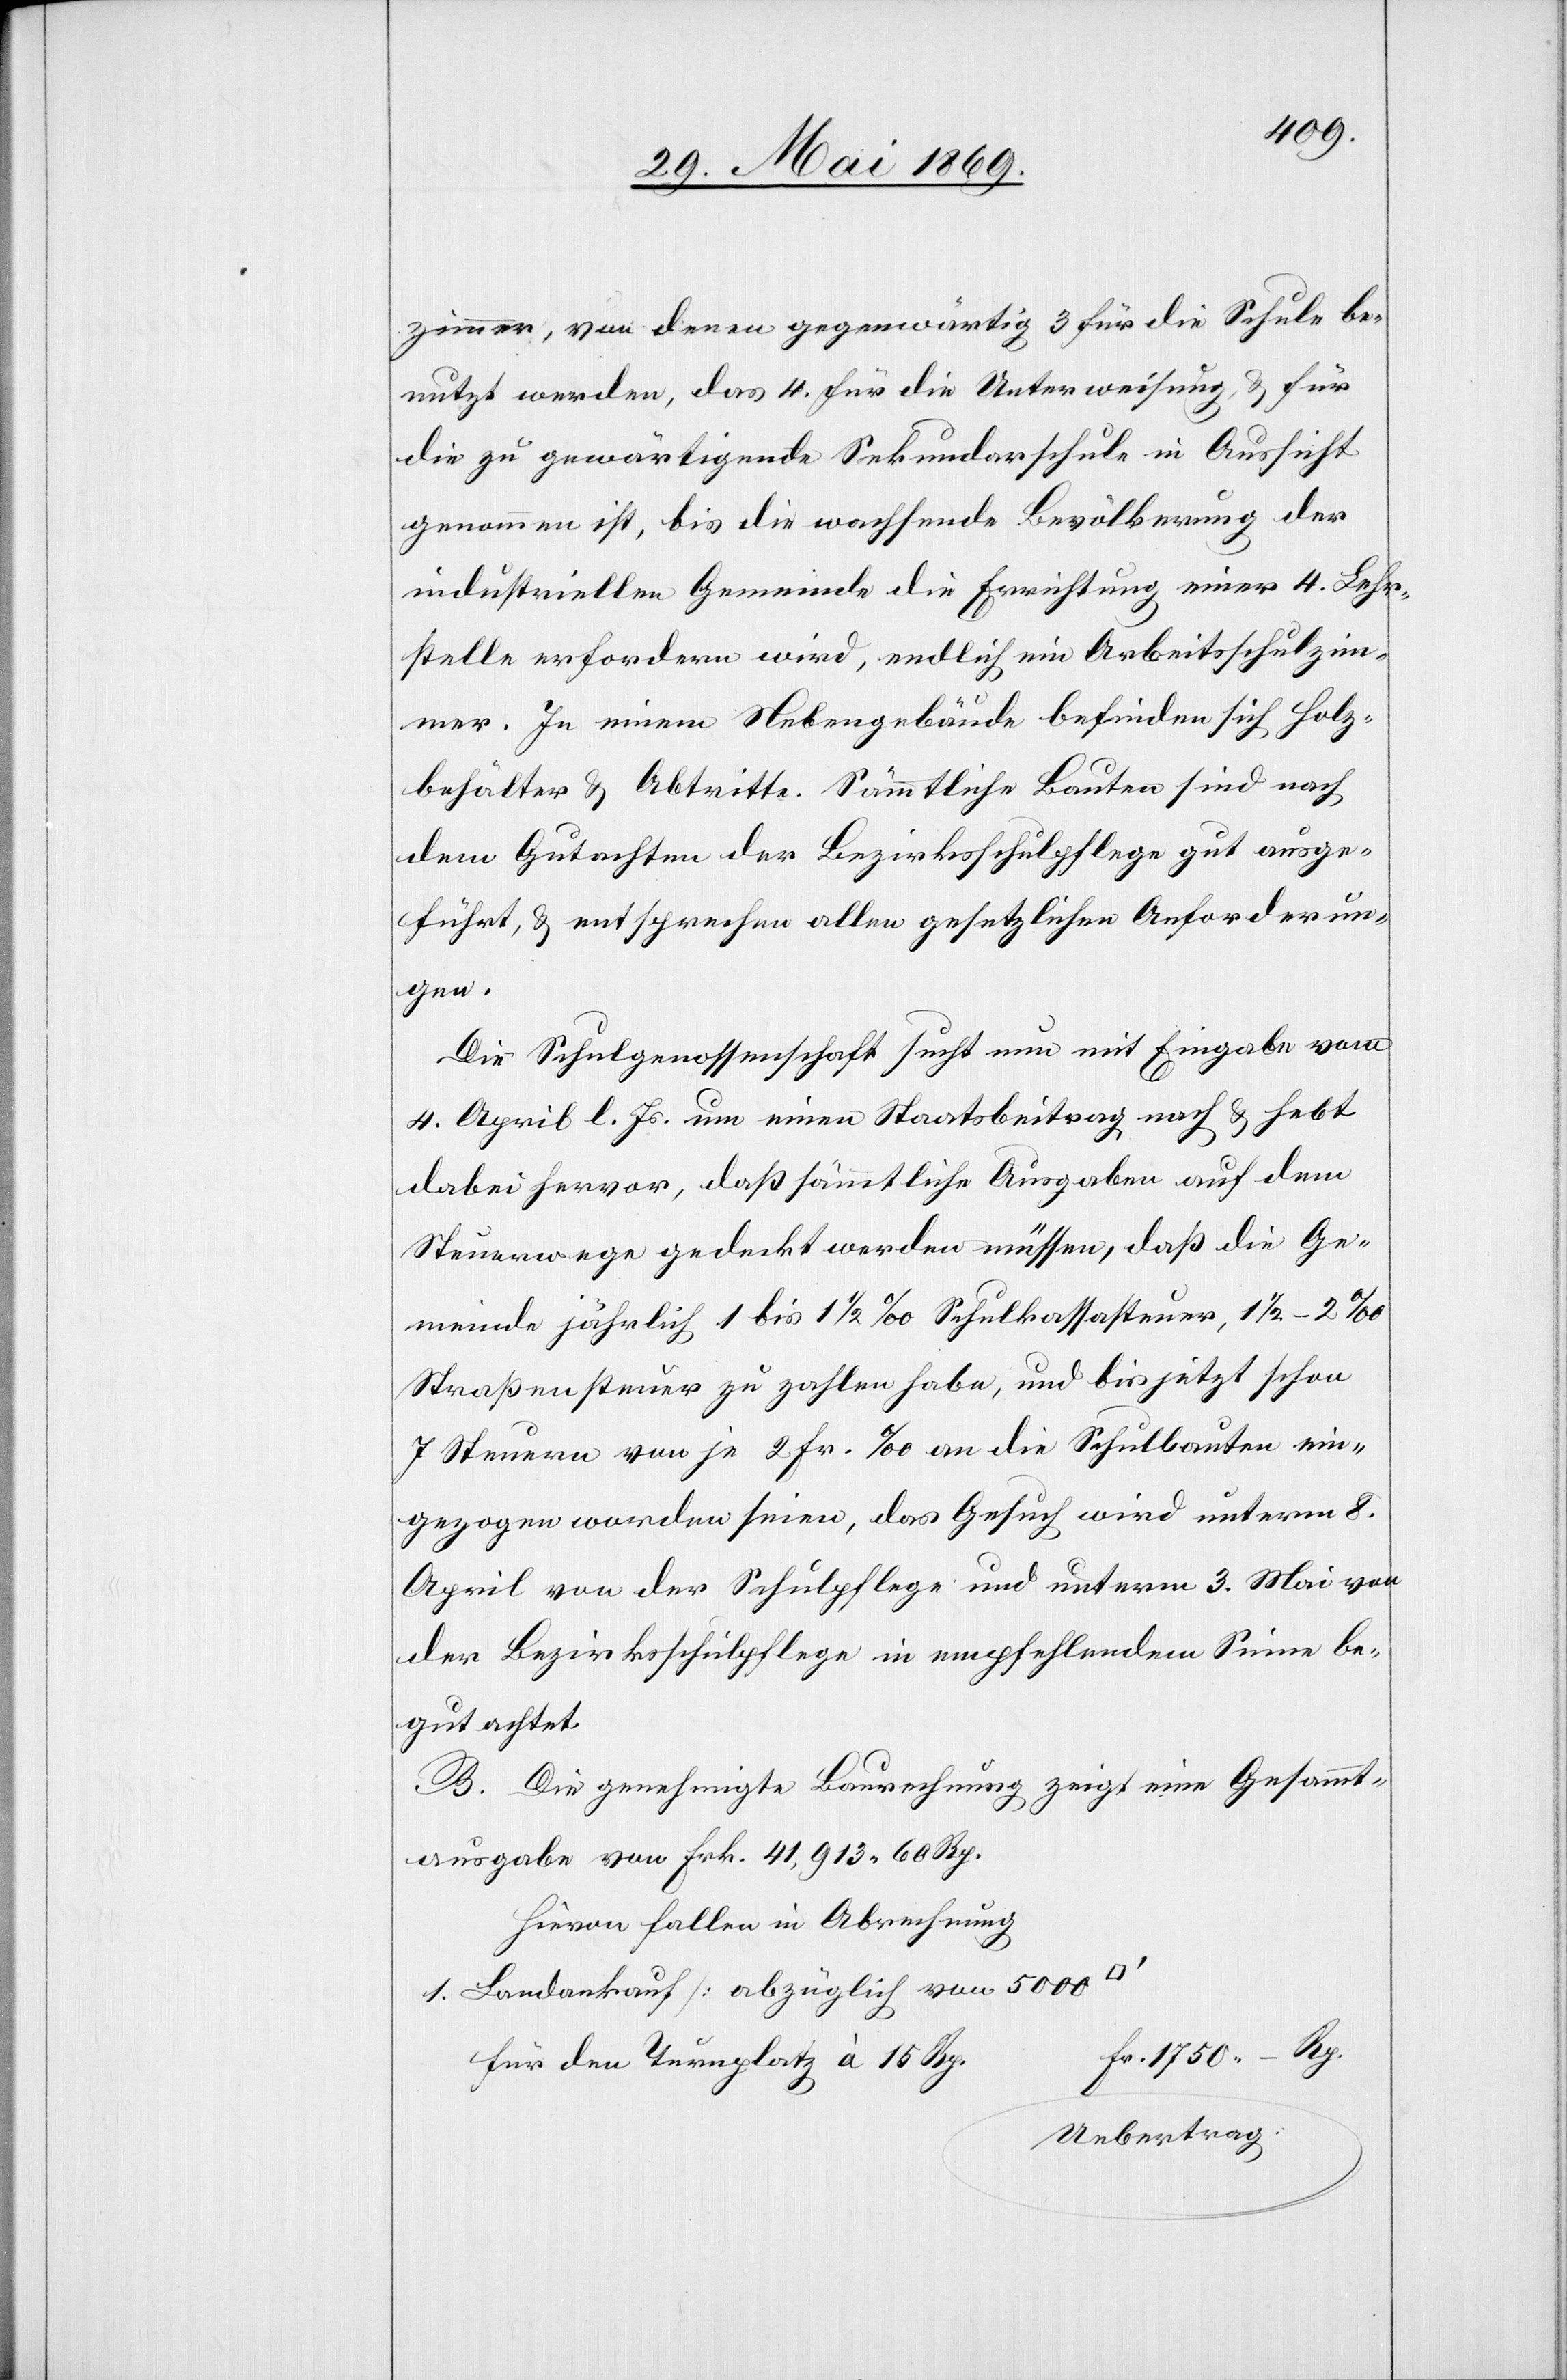
zimmer, von denen gegenwärtig 3 für die Schule be¬
nutzt werden, das 4. für die Unterweisung u. für
die zu gewärtigende Sekundarschule in Aussicht
genommen ist, bis die wachsende Bevölkerung der
industriellen Gemeinde die Errichtung einer 4 Lehr¬
stelle erfordern wird, endlich ein Arbeitsschulzim¬
mer. In einem Nebengebäude befinden sich Holz¬
behälter u. Abtritte. Sämmtliche Bauten sind nach
dem Gutachten der Bezirksschulpflege gut ausge¬
führt, u. entsprechen allen gesetzlichen Anforderun¬
gen.
Die Schulgenossenschaft sucht nun mit Eingabe vom
4 April l. Js. um einen Staatsbeitrag nach u. hebt
dabei hervor, daß sämmtliche Ausgaben auf dem
Steuerwege gedeckt werden müssen, daß die Ge¬
meinde jährlich 1 bis 1 1/2 ‰ Schulkassasteuer, 1 1/2 – 2 ‰
Straßensteuer zu zahlen habe, und bis jetzt schon
7 Steuern von je 2 Fr. ‰ an die Schulhausbauten ein¬
gezogen worden seien, das Gesuch wird unterm 8
April von der Schulpflege und unterm 3 Mai von
der Bezirksschulpflege in empfehlendem Sinne be¬
gutachtet.
B. Die genehmigte Baurechnung zeigt eine Gesammt¬
ausgabe von 	Frk. 41,913.60 Rp.
Hievon fallen in Abrechnung
1. Landankauf [abzüglich von 5000